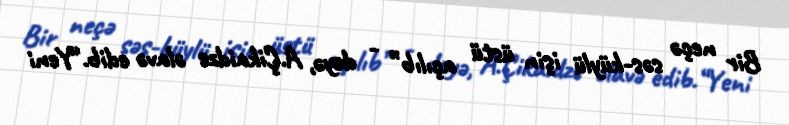
Bir neçə səs-küylü işin üstü açılıb” - deyə, A.Çikaidze əlavə edib.“Yeni